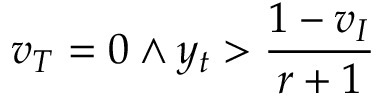
v _ { T } = 0 \land y _ { t } > \frac { 1 - v _ { I } } { r + 1 }